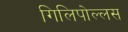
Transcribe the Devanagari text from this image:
गिलिपोल्लस